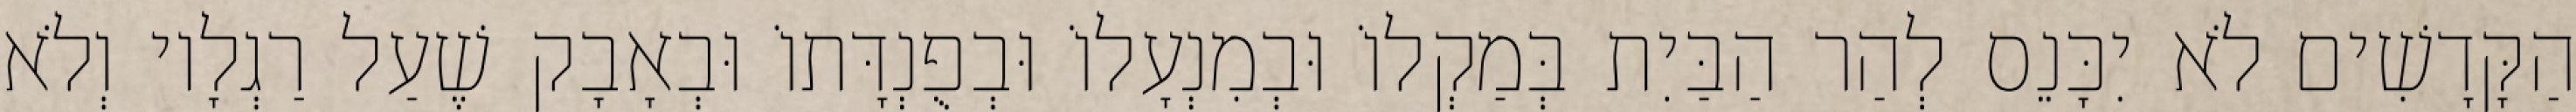
הַקָּדָשִׁים לֹא יִכָּנֵס לְהַר הַבַּיִת בְּמַקְלוֹ וּבְמִנְעָלוֹ וּבְפֻנְדָּתוֹ וּבְאָבָק שֶׁעַל רַגְלָיו וְלֹא